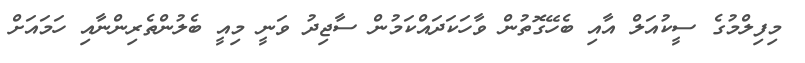
މިފިލްމުގެ ސީކުއަލް އާއި ބެހޭގޮތުން ވާހަކަދައްކަމުން ސާޖިދު ވަނީ މިއީ ބެލުންތެރިންނާއި ހަމައަށް